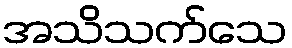
အသိသက်သေ